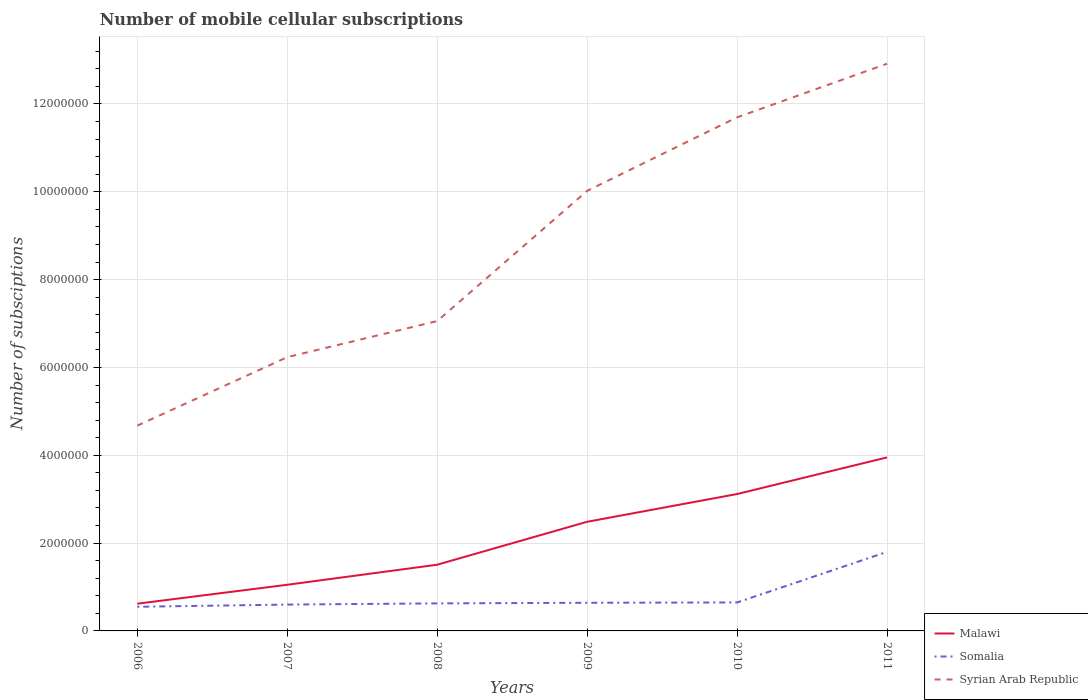
| Years | Malawi | Somalia | Syrian Arab Republic |
 | --- | --- | --- | --- |
 | 2006 | 6.2e+05 | 5.5e+05 | 4.68e+06 |
 | 2007 | 1.05e+06 | 6e+05 | 6.23e+06 |
 | 2008 | 1.51e+06 | 6.27e+05 | 7.06e+06 |
 | 2009 | 2.49e+06 | 6.41e+05 | 1e+07 |
 | 2010 | 3.12e+06 | 6.48e+05 | 1.17e+07 |
 | 2011 | 3.95e+06 | 1.8e+06 | 1.29e+07 |